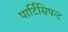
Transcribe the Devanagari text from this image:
पार्टिसिपन्ट